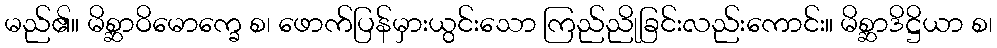
မည်၏။ မိစ္ဆာဝိမောက္ခေ စ၊ ဖောက်ပြန်မှားယွင်းသော ကြည်ညိုခြင်းလည်းကောင်း။ မိစ္ဆာဒိဋ္ဌိယာ စ၊